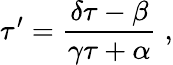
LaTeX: \tau^{\prime}=\frac{\delta\tau-\beta}{\gamma\tau+\alpha}\; ,